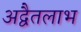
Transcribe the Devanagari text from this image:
अद्वैतलाभ